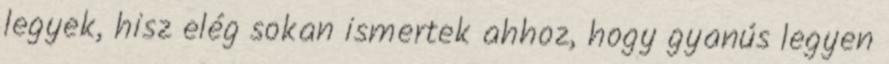
legyek, hisz elég sokan ismertek ahhoz, hogy gyanús legyen